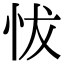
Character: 𢘀